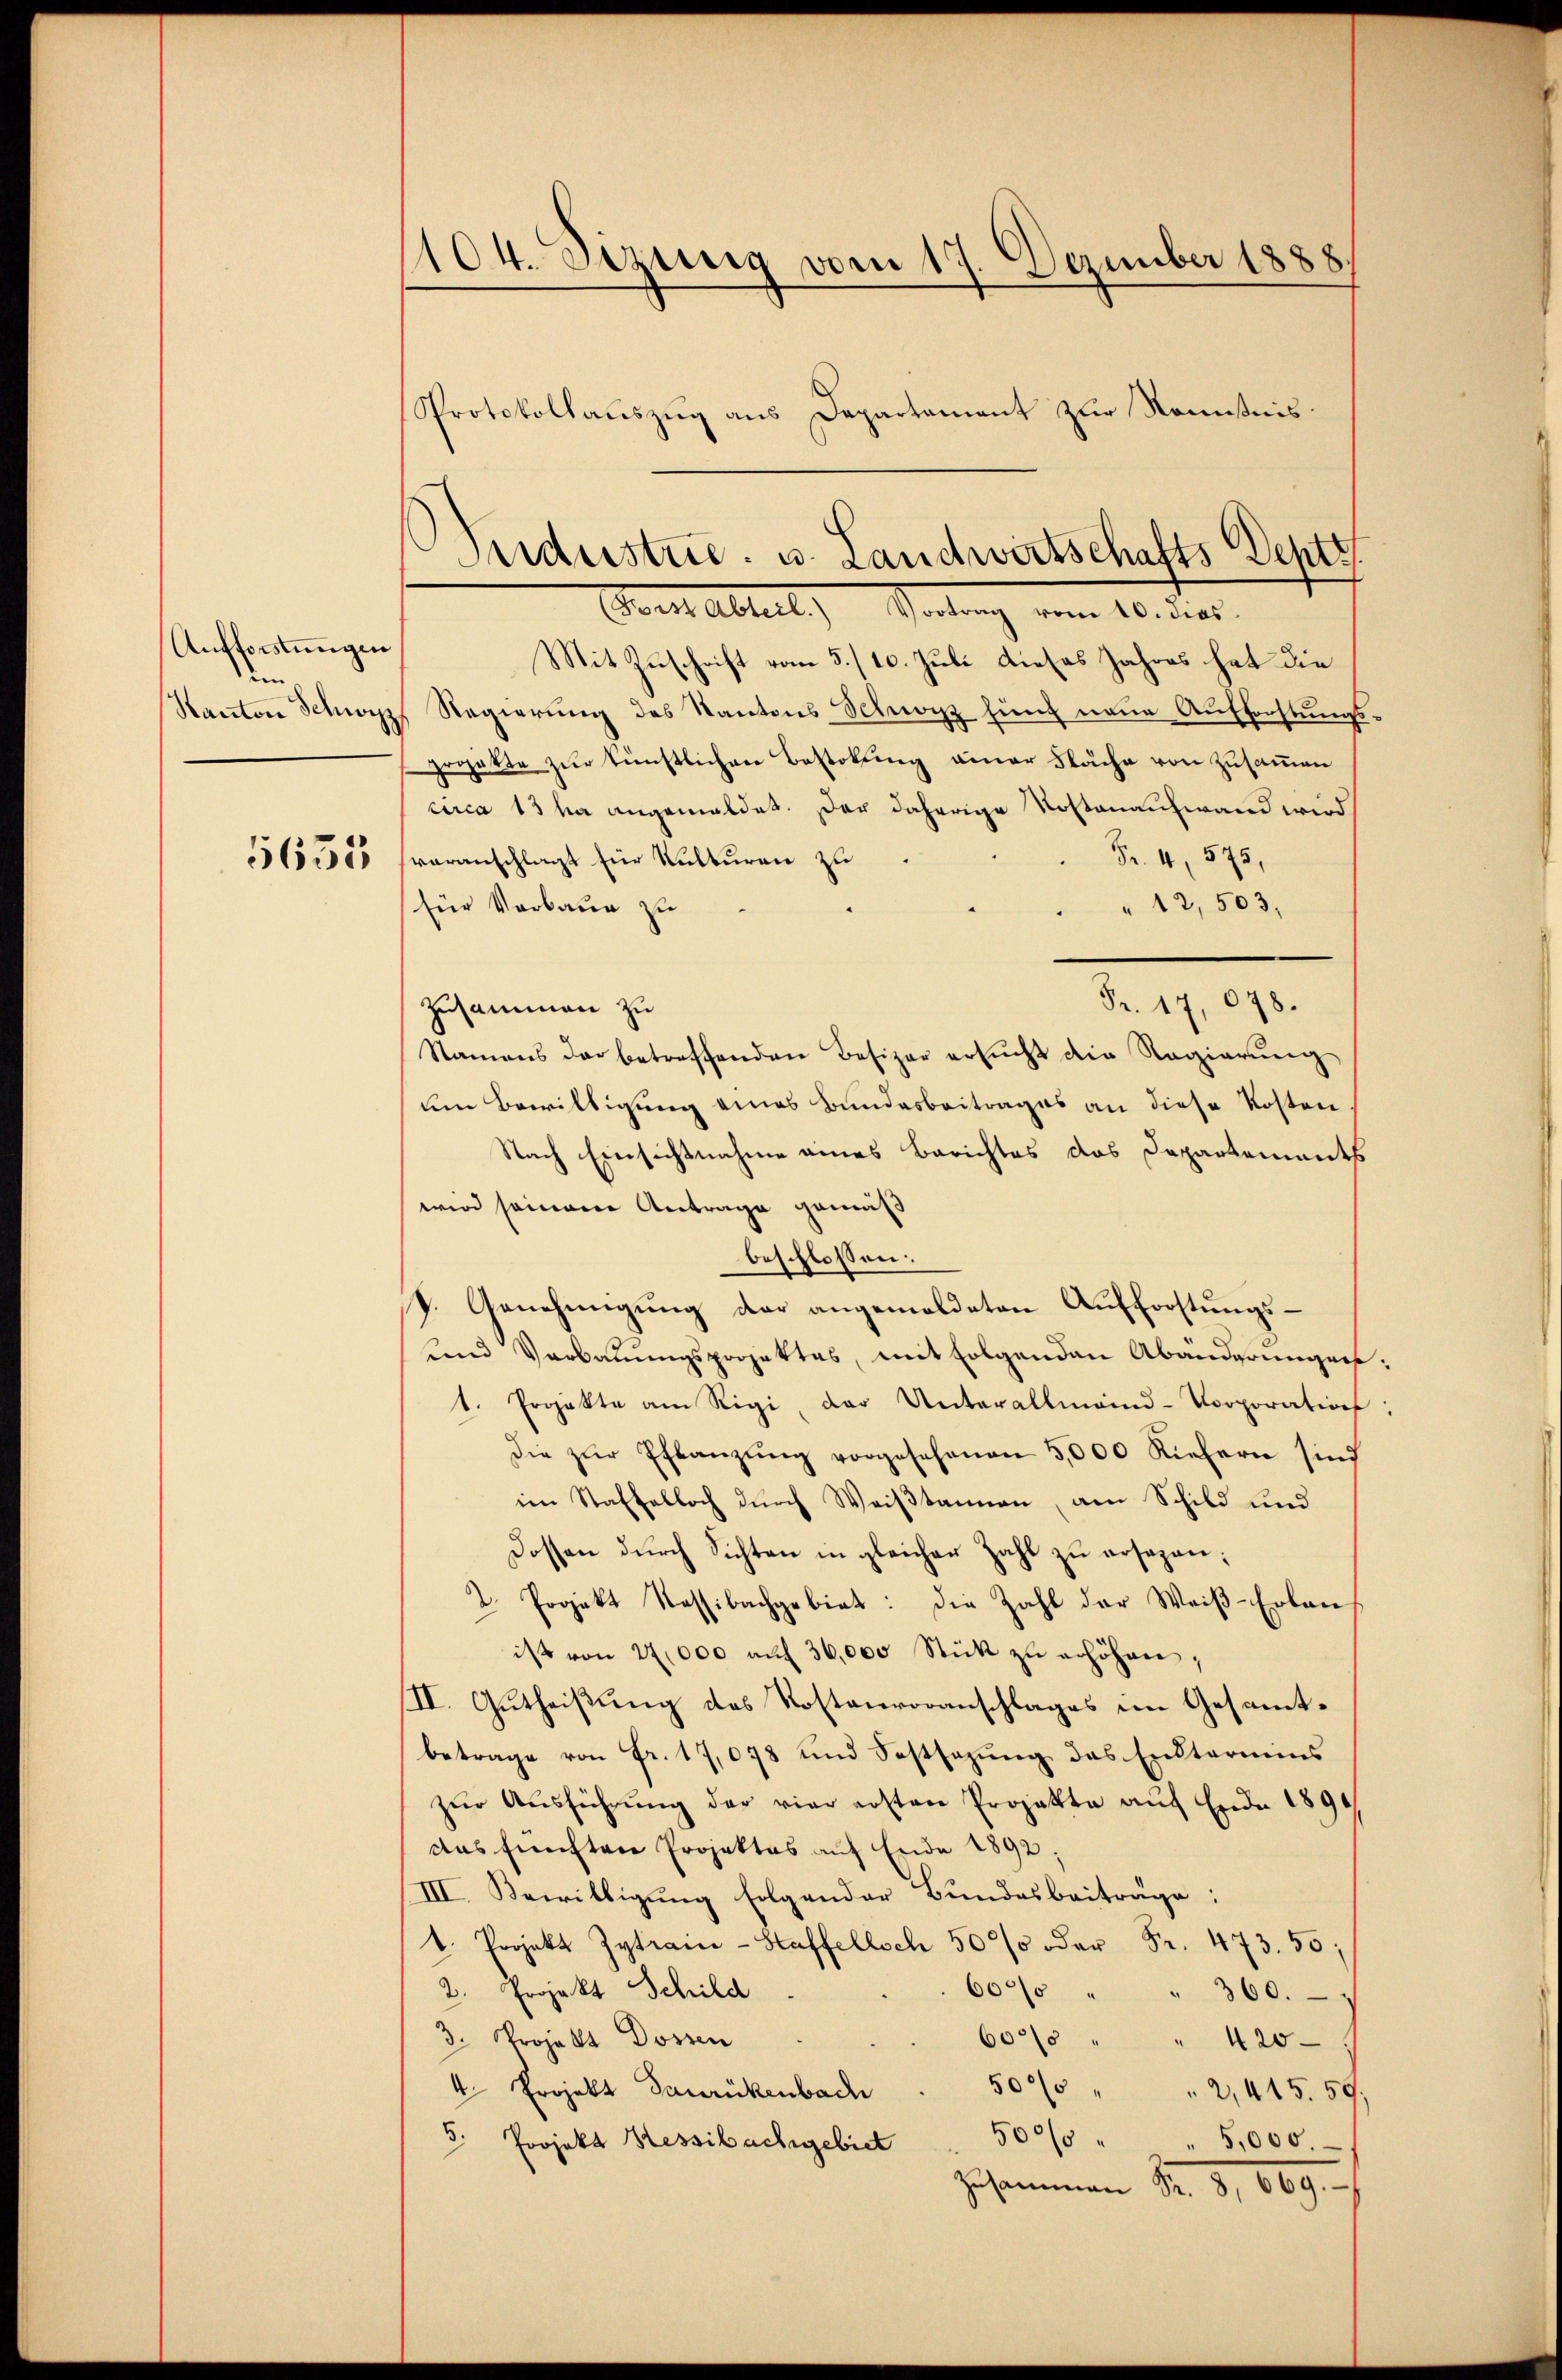
Aufforstungen
dem
Kanton Schwyz
5653

104. Sizung vom 17. Dezember 1888
Protokollauszug aus Departement zur Kenntnis¬

Mit Zuschrift vom 5./10. Juli dieses Jahres hat die
Regierung des Kantons Schwarz hinz neue Aufforstungs¬
Gegatte zur künstlichen Bestokung einer Fläche von zusammen
circa 13 ha angemeldet. Der daherige Kostenaufwand wird
Fr. 4, 575,
veranschlägt für Kulturen zu
"12,503,
für Verbaue zu
Fr. 17, 678.
Zusammen zu
Namens der betreffenden Besizer ersŭcht die Regierŭng
um Bewilligung eines Bundesbeitrages an diese Kosten
Nach Einsichtnahme eines Berichtes das Departements
wird seinem Antrage gemäß
beschlossen:
p. Genehmigung der angemeldeten Aufforstungs¬
und Verbauungsprojektes, mit folgenden Abänderungen:
1. Projekte am Rigi, der Unterallmend-Corporation:
die zŭr Pflanzŭng vorgesehenen 5,000 Riehern sind
im Staffalloch dŭrch Weiβtannen, am Schild und
Dossen durch Sichten in gleicher Zahl zu ersagen;
I. Projekt Kassibachgebiet: Die Zahl der Weiß-Erbauist von 2,000 aŭf 36,000 Stück zŭ erhöhen;
II. Gutheißung des Kostenvoranschlages im Gesammtbetrage von Fr. 17,078 und Festsezung des Entarius
zŭr Aŭsführŭng der vier ersten Projekte aŭf Ende 1891
das fünften Projektes auf Ende 1892:
III. Bewilligung folgender Bundesbeiträge:
b. Projekt Zytrain-Staffellsch 50% der Fr. 473. 50;
2. Projekt Schild
6000
360.
3. Projekt Dossen
60/0
420
4 Projekt daurückenbach
50% " " 2,415. 59.
3. Projekt Hessibachgebiet 500/0 " 5,000.
Zusammen Nr. 3, 609.

Beiderstue. u. Landwirtschafts Deptz
Borte Abteil) Vortrag vom 10. dies